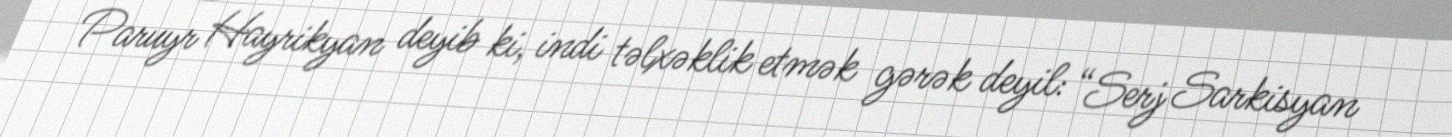
Paruyr Hayrikyan deyib ki, indi təlxəklik etmək gərək deyil: “Serj Sarkisyan